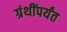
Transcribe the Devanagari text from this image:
ग्रंथींपर्यंत